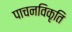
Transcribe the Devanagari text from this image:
पाचनविकृति